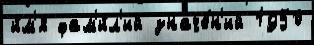
и́м'я фам'и́л'ий значе́н'ий 1950